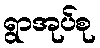
ရွာအုပ်စု